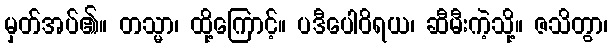
မှတ်အပ်၏။ တသ္မာ၊ ထို့ကြောင့်။ ပဒီပေါဝိရယ၊ ဆီမီးကဲ့သို့။ ဇသိတွာ၊